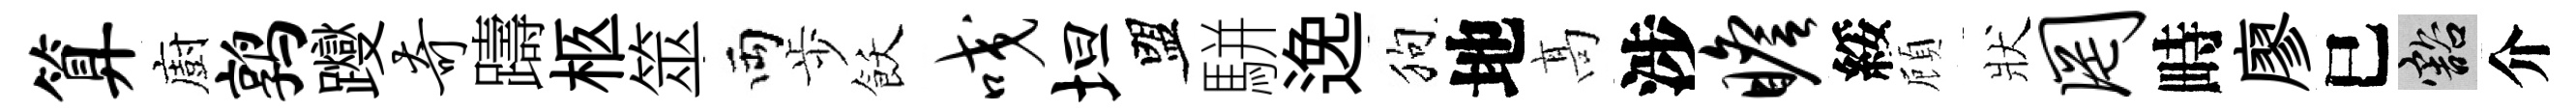
算廚鹑躞奇躊柩筮両歩飫咬坦盟駢𨓜狗地髙涉瞻綏頋狀罔畤廖巳豁介